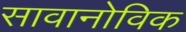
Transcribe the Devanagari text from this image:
सावानोविक